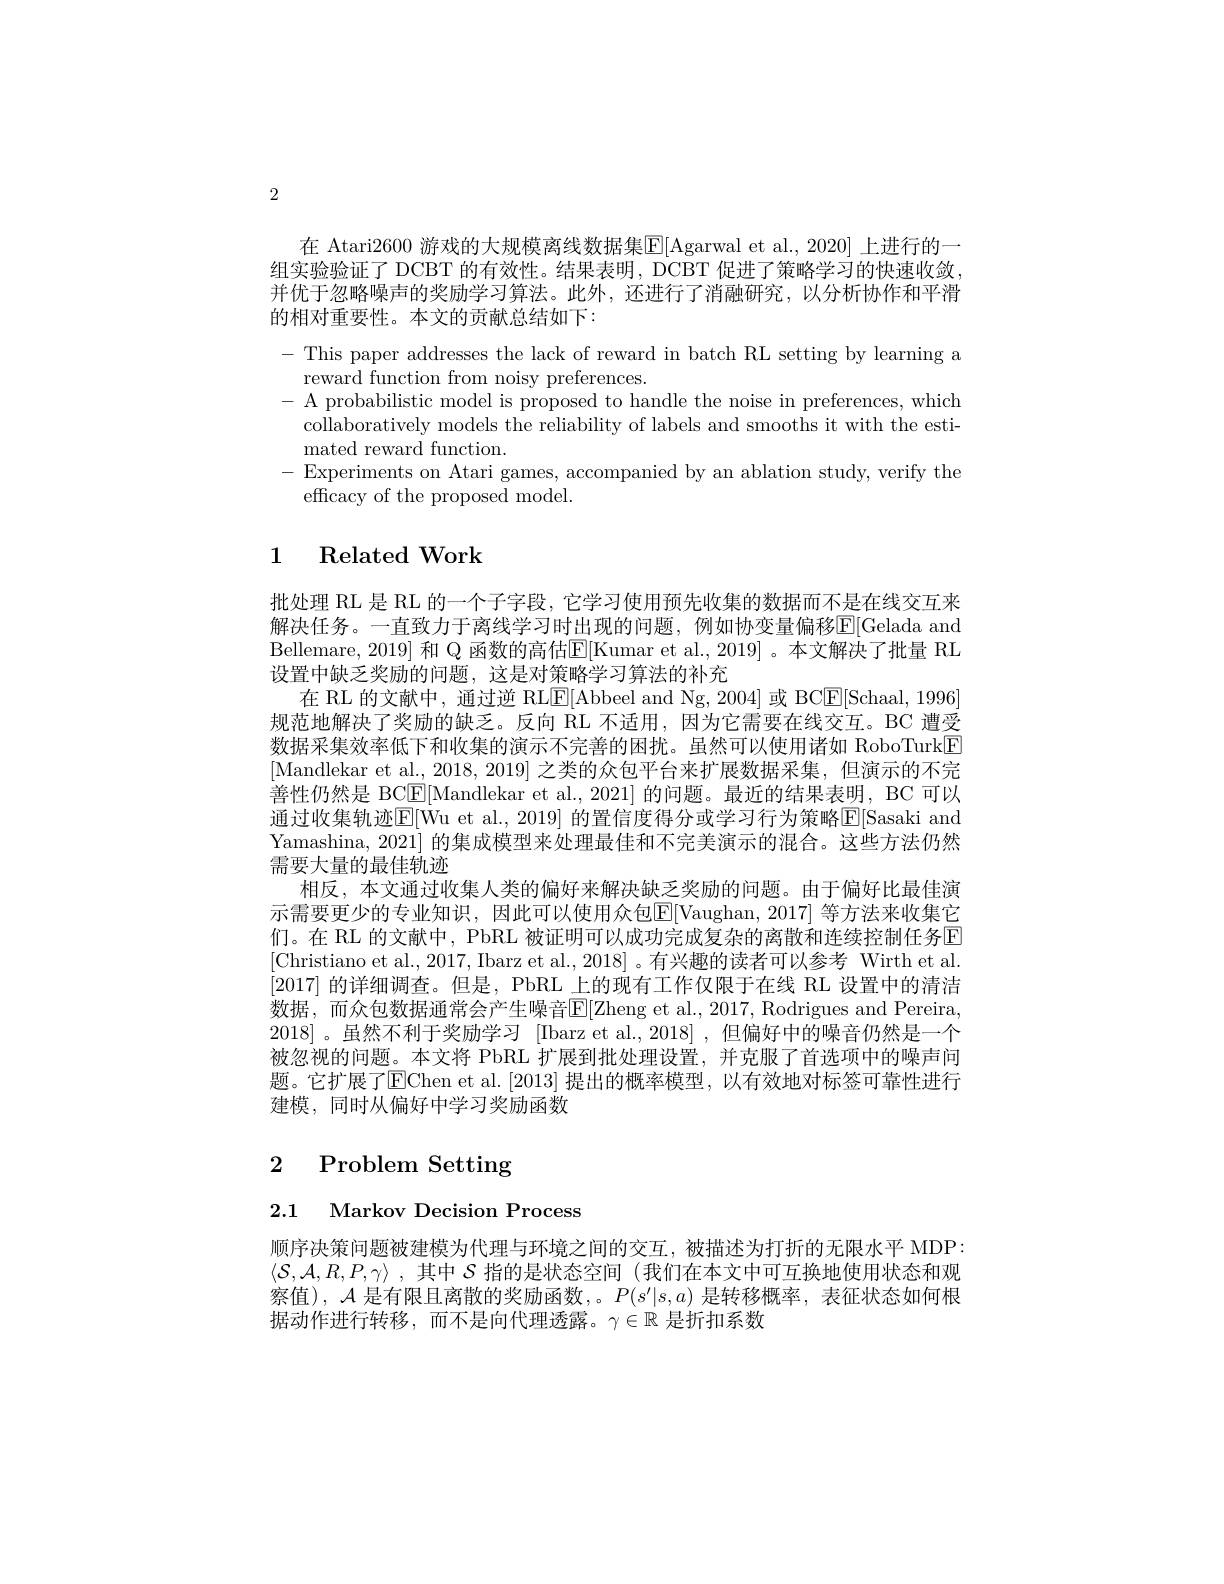
2

在 Atari2600 游戏的大规模离线数据集$\boxed{\mathrm{E}}[$Agarwal et al., 2020] 上进行的一组实验验证了 DCBT 的有效性。结果表明，DCBT 促进了策略学习的快速收敛并优于忽略噪声的奖励学习算法。此外，还进行了消融研究，以分析协作和平滑的相对重要性。本文的贡献总结如下：
- This paper addresses the lack of reward in batch RL setting by learning a
reward function from noisy preferences
- A probabilistic model is proposed to handle the noise in preferences, which
collaboratively models the reliability of labels and smooths it with the esti-
mated reward function.
-Experiments on Atari games, accompanied by an ablation study, verify the
efficacy of the proposed model.

## 1 Related Work

批处理 RL 是 RL 的一个子字段，它学习使用预先收集的数据而不是在线交互来解决任务。一直致力于离线学习时出现的问题，例如协变量偏移E[Gelada and Bellemare, 2019] 和 Q 函数的高估$\mathbb{E}[$Kumar et al., 2019]。本文解决了批量 RL 设置中缺乏奖励的问题，这是对策略学习算法的补充
在 RL 的文献中，通过逆 RL$\underline{\mathrm{E}}[$Abbeel and Ng,2004] 或 BC$\underline{\mathrm{E}}[$Schaal,1996规范地解决了奖励的缺乏。反向 RL 不适用，因为它需要在线交互。BC 遭受数据采集效率低下和收集的演示不完善的困扰。虽然可以使用诸如 RoboTurk[F] [Mandlekar et al., 2018, 2019] 之类的众包平台来扩展数据采集，但演示的不完善性仍然是 BC$\boxed{\mathrm{F}}[$Mandlekar et al., 2021] 的问题。最近的结果表明，BC 可以通过收集轨迹$\overline{\mathrm{E}}[$Wu et al., 2019] 的置信度得分或学习行为策略$\overline{\mathrm{E}}[$Sasaki and Yamashina, 2021] 的集成模型来处理最佳和不完美演示的混合。这些方法仍然需要大量的最佳轨迹
相反，本文通过收集人类的偏好来解决缺乏奖励的问题。由于偏好比最佳演示需要更少的专业知识，因此可以使用众包E[Vaughan,2017] 等方法来收集它们。在 RL 的文献中，PbRL 被证明可以成功完成复杂的离散和连续控制任务E [Christiano et al., 2017, Ibarz et al., 2018]。有兴趣的读者可以参考 Wirth et al [2017]的详细调查。但是，PbRL 上的现有工作仅限于在线 RL 设置中的清洁数据，而众包数据通常会产生噪音E[Zheng et al.,2017, Rodrigues and Pereira, 2018]。虽然不利于奖励学习 [Ibarz et al.,2018] ,但偏好中的噪音仍然是一个被忽视的问题。本文将 PbRL 扩展到批处理设置，并克服了首选项中的噪声问题。它扩展了EChen et al.[2013] 提出的概率模型，以有效地对标签可靠性进行建模，同时从偏好中学习奖励函数

# 2 Problem Setting

2.1 Markov Decision Process

顺序决策问题被建模为代理与环境之间的交互，被描述为打折的无限水平 MDP: $\langle\mathcal{S},\mathcal{A},R,P,\gamma\rangle$ ,其中$\mathcal{S}$指的是状态空间 (我们在本文中可互换地使用状态和观察值), $\mathcal{A}$是有限且离散的奖励函数，。$P(s^\prime|s,a)$是转移概率，表征状态如何根据动作进行转移，而不是向代理透露。$\gamma\in\mathbb{R}$是折扣系数